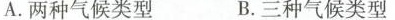
A.两种气候类型 B.三种气候类型